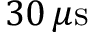
3 0 \, \mu \mathrm { s }